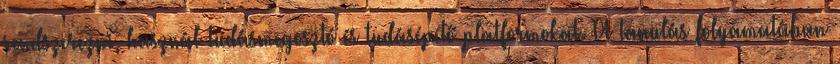
rendszerezni, használ tudásmegosztó és tudásépítő platformokat. A tanulás folyamatában